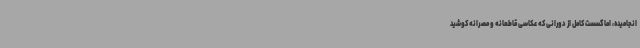
انجامیده، اما گسست کامل از دورانی که عکاسی قاطعانه و مصرانه کوشید